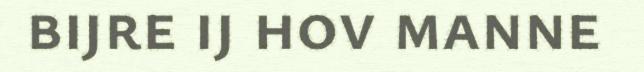
bijre ij hov manne